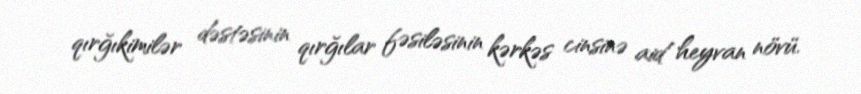
qırğıkimilər dəstəsinin qırğılar fəsiləsinin kərkəs cinsinə aid heyvan növü.